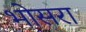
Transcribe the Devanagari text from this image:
भोसरा